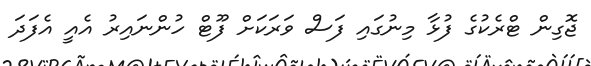
ޖޮގިން ޓްރެކުގެ ފުޅާ މިނުގައި ފަސް ވަރަކަށް ފޫޓް ހުންނައިރު އެއީ އެފަދަ